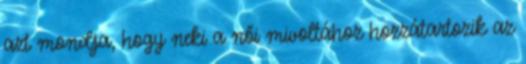
azt mondja, hogy neki a női mivoltához hozzátartozik az